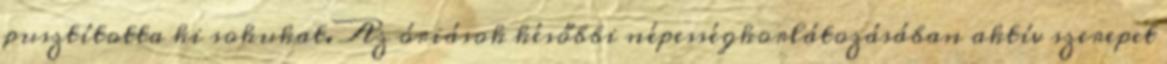
pusztította ki sokukat. Az óriások későbbi népességkorlátozásában aktív szerepet